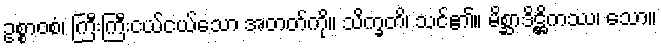
ဥစ္စာဝစံ၊ ကြီးကြီးငယ်ငယ်သော အတတ်ကို။ သိက္ခတိ၊ သင်၏။ မိစ္ဆာဒိဋ္ဌိကဿ၊ သော။